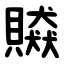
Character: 贆